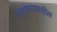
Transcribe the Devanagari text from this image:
ग्रहांच्यामधील